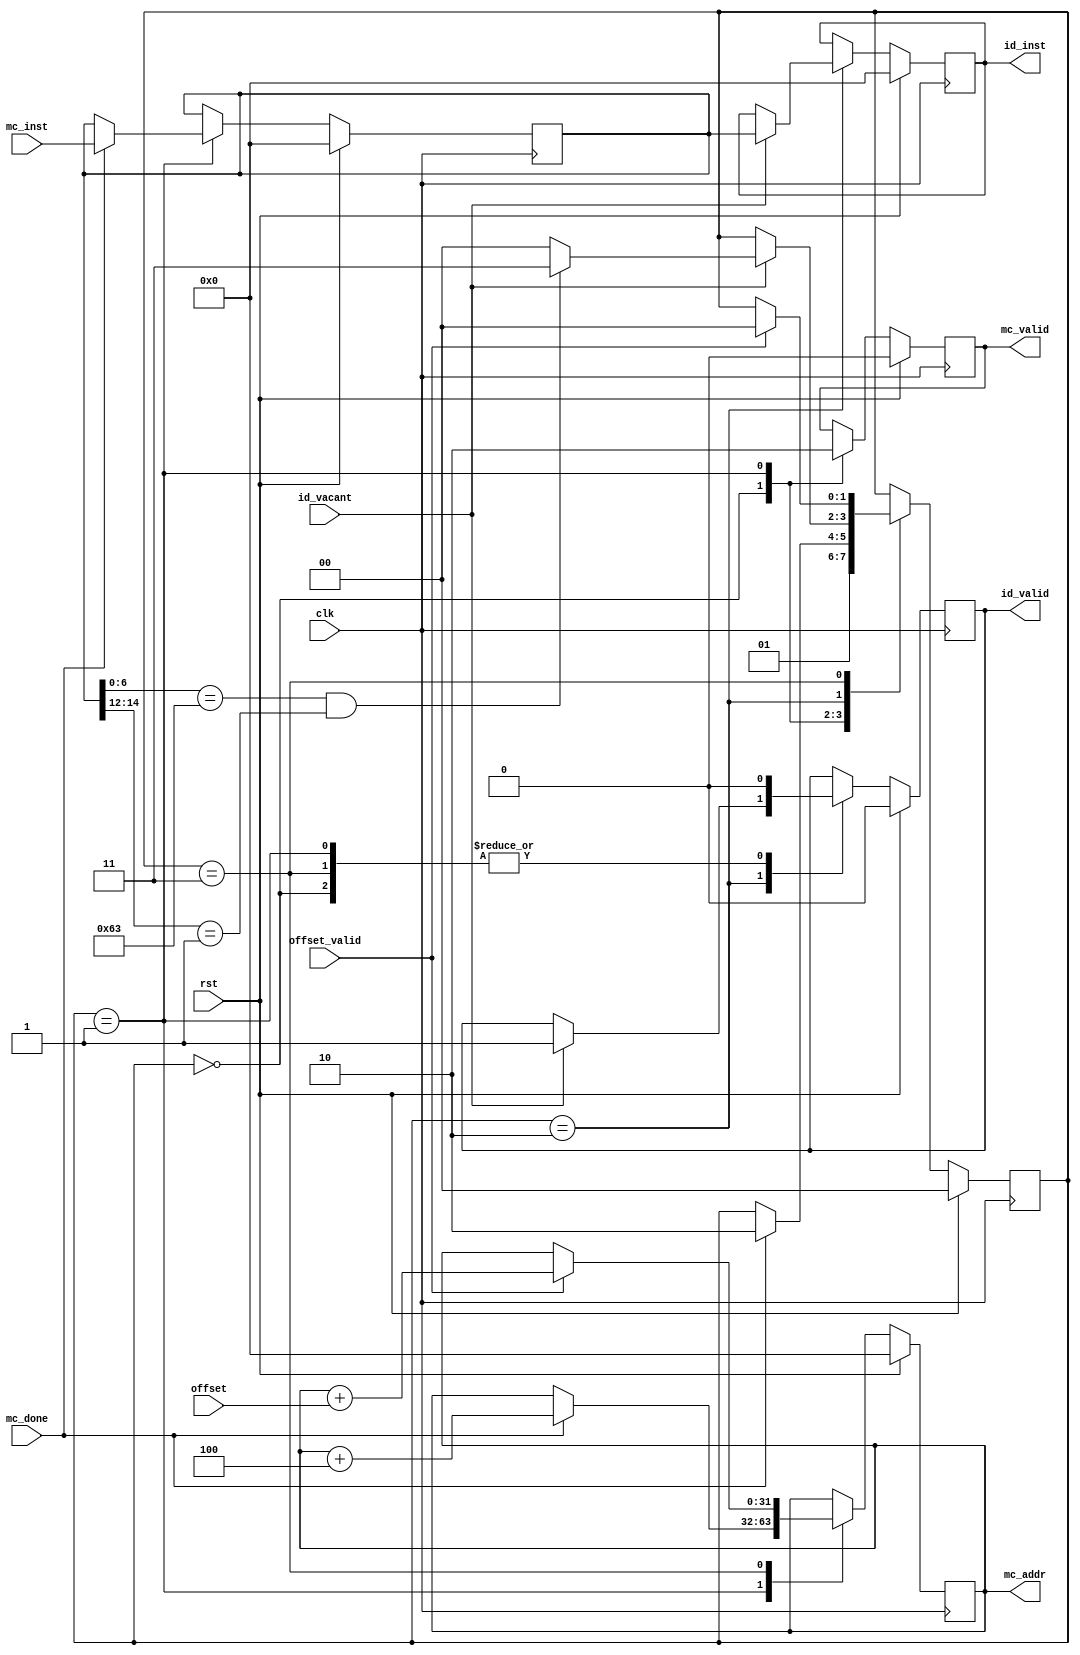
module i_fetch
#(
  parameter ADDR_WIDTH = 32,
  parameter INST_WIDTH = 32
)
(
    input wire clk,
    input wire rst,

    // from bus
    input wire offset_valid,
    input wire [ADDR_WIDTH-1:0] offset,

    // with i_decode
    input wire id_vacant,
    output reg id_valid, 
    output reg [INST_WIDTH-1:0] id_inst,

    // interaction with memory
    input wire mc_done,
    input wire [INST_WIDTH-1:0] mc_inst,
    output reg mc_valid,
    output wire [ADDR_WIDTH-1:0] mc_addr
);
reg [ADDR_WIDTH-1:0] pc; // ! initial value = 0?
reg [2:1] status;
reg [INST_WIDTH-1:0] instruction;
localparam IDLE = 2'b00, WAIT_MEM = 2'b01, WAIT_DECODE = 2'b10, STALL = 2'b11;
assign mc_addr = pc;

always @(posedge clk) begin
  if (rst) begin
      pc <= 0;
      mc_valid <= 0;
      id_valid <= 0;
      id_inst <= 0;
      status <= IDLE;
      instruction <= 0;
  end else begin
    case (status)
    IDLE: begin
      mc_valid <= 1;
      id_valid <= 0;
      status <= WAIT_MEM;
    end
    WAIT_MEM: begin
      mc_valid <= 0;
      id_valid <= 0;
      if (mc_done) begin
        pc <= pc + 4;
        instruction <= mc_inst;
        status <= WAIT_DECODE;
      end
    end
    WAIT_DECODE: begin
      if (id_vacant) begin
        id_valid <= 1;
        id_inst <= instruction;
        // bne
        if (instruction[6:0] == 7'b1100011 && instruction[14:12] == 3'b001) begin
          status <= STALL;
        end else begin
          status <= IDLE;
        end
      end
    end
    STALL: begin
      id_valid <= 0;
      if (offset_valid) begin
        pc <= pc + offset;
        status <= IDLE;
      end
    end
  endcase
  end
end

endmodule